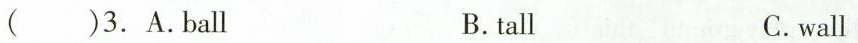
( )3.A.Ball B.tall C.wall